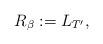
LaTeX: \begin{align*}R_{\beta}:=L_{T'},\end{align*}